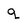
Character: q